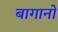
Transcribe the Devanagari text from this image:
बागानो